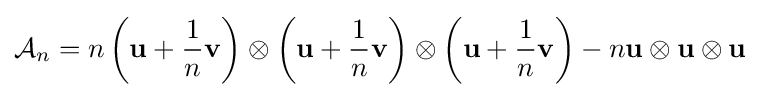
{\mathcal {A}}_{n}=n\left(\mathbf {u} +{\frac {1}{n}}\mathbf {v} \right)\otimes \left(\mathbf {u} +{\frac {1}{n}}\mathbf {v} \right)\otimes \left(\mathbf {u} +{\frac {1}{n}}\mathbf {v} \right)-n\mathbf {u} \otimes \mathbf {u} \otimes \mathbf {u}